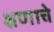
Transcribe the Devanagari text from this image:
क्षणाचे